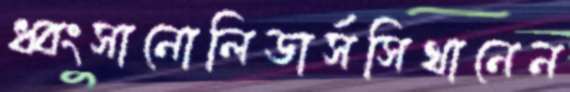
ধ্বংসানোলিডার্সসিথানেন